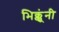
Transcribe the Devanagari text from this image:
भिक्कूंनी